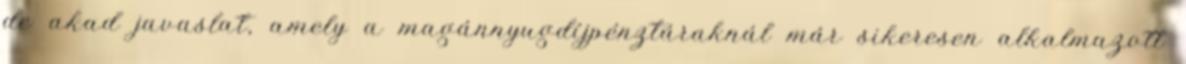
de akad javaslat, amely a magánnyugdíjpénztáraknál már sikeresen alkalmazott